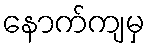
နောက်ကျမှ